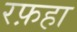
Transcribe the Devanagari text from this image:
रफ़हा